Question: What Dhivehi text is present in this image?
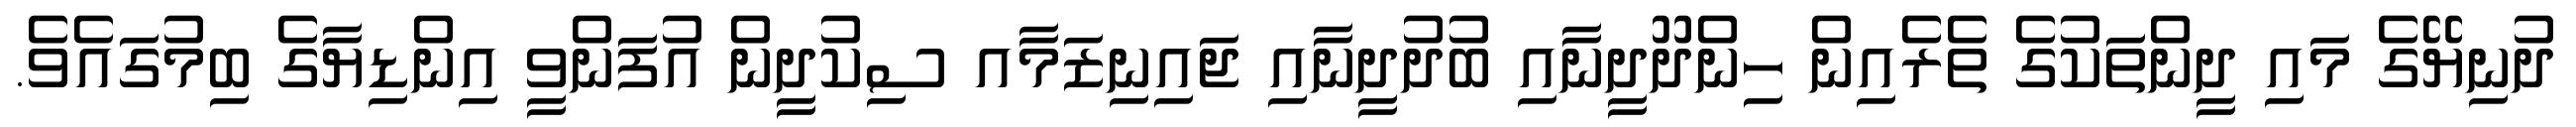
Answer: ދުނިޔޭގެ މައި ދީންތަކުގެ ތެރެއިން ހިންދޫދީނާއި ބުދުދީނާއި ޖައިނިޒަމާއ ސިކުދީން އުފަންވީ އިންޑިޔާގެ ބިމުގައެވެ.